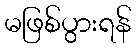
မဖြစ်ပွားရန်